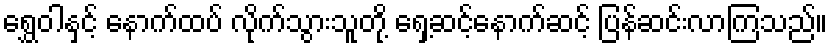
ရွှေဝါနှင့် နောက်ထပ် လိုက်သွားသူတို့ ရှေ့ဆင့်နောက်ဆင့် ပြန်ဆင်းလာကြသည်။